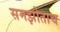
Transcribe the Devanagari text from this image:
समझोताच